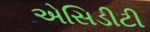
એસિડીટી